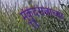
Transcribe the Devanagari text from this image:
मुंकुंदराजाच्या